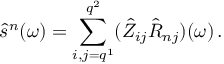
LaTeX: \hat { s } ^ { n } ( \omega ) = \sum _ { i , j = q ^ { 1 } } ^ { q ^ { 2 } } ( \hat { Z } _ { i j } \hat { R } _ { n j } ) ( \omega ) \, .